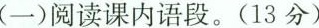
(一)阅读课内语段。(13分)